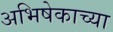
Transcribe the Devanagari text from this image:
अभिषेकाच्या